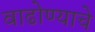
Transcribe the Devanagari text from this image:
वाढोण्याचे